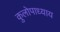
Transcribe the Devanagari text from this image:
कुलोपाध्याय